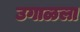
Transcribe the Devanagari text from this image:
उगाळला